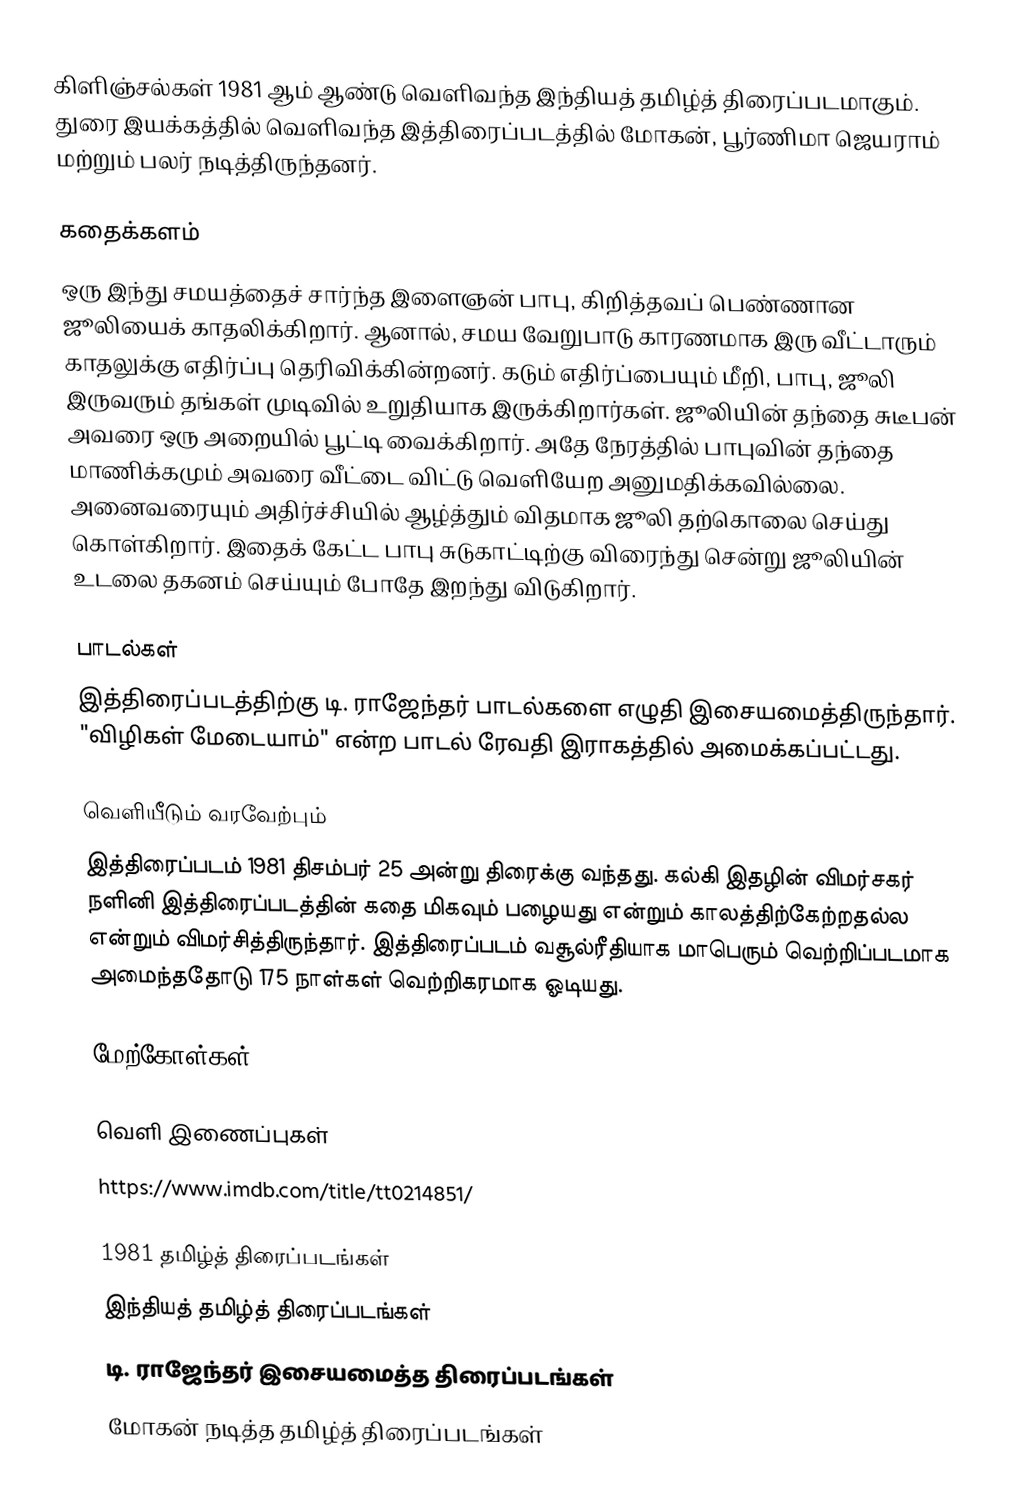
கிளிஞ்சல்கள் 1981 ஆம் ஆண்டு வெளிவந்த இந்தியத் தமிழ்த் திரைப்படமாகும். துரை இயக்கத்தில் வெளிவந்த இத்திரைப்படத்தில் மோகன், பூர்ணிமா ஜெயராம் மற்றும் பலர் நடித்திருந்தனர்.

கதைக்களம்
ஒரு இந்து சமயத்தைச் சார்ந்த இளைஞன் பாபு, கிறித்தவப் பெண்ணான ஜூலியைக் காதலிக்கிறார். ஆனால், சமய வேறுபாடு காரணமாக இரு வீட்டாரும் காதலுக்கு எதிர்ப்பு தெரிவிக்கின்றனர். கடும் எதிர்ப்பையும் மீறி, பாபு, ஜூலி இருவரும் தங்கள் முடிவில் உறுதியாக இருக்கிறார்கள். ஜூலியின் தந்தை சுடீபன் அவரை ஒரு அறையில் பூட்டி வைக்கிறார். அதே நேரத்தில் பாபுவின் தந்தை மாணிக்கமும் அவரை வீட்டை விட்டு வெளியேற அனுமதிக்கவில்லை. அனைவரையும் அதிர்ச்சியில் ஆழ்த்தும் விதமாக ஜூலி தற்கொலை செய்து கொள்கிறார். இதைக் கேட்ட பாபு சுடுகாட்டிற்கு விரைந்து சென்று ஜூலியின் உடலை தகனம் செய்யும் போதே இறந்து விடுகிறார்.

பாடல்கள்
இத்திரைப்படத்திற்கு டி. ராஜேந்தர் பாடல்களை எழுதி இசையமைத்திருந்தார். "விழிகள் மேடையாம்" என்ற பாடல் ரேவதி இராகத்தில் அமைக்கப்பட்டது.

வெளியீடும் வரவேற்பும்
இத்திரைப்படம் 1981 திசம்பர் 25 அன்று திரைக்கு வந்தது. கல்கி இதழின் விமர்சகர் நளினி இத்திரைப்படத்தின் கதை மிகவும் பழையது என்றும் காலத்திற்கேற்றதல்ல என்றும் விமர்சித்திருந்தார். இத்திரைப்படம் வசூல்ரீதியாக மாபெரும் வெற்றிப்படமாக அமைந்ததோடு 175 நாள்கள் வெற்றிகரமாக ஓடியது.

மேற்கோள்கள்

வெளி இணைப்புகள்
 https://www.imdb.com/title/tt0214851/

1981 தமிழ்த் திரைப்படங்கள்
இந்தியத் தமிழ்த் திரைப்படங்கள்
டி. ராஜேந்தர் இசையமைத்த திரைப்படங்கள்
மோகன் நடித்த தமிழ்த் திரைப்படங்கள்